Vaccination in Bombay 1869-1873 - 1869-1873
Year: 1869
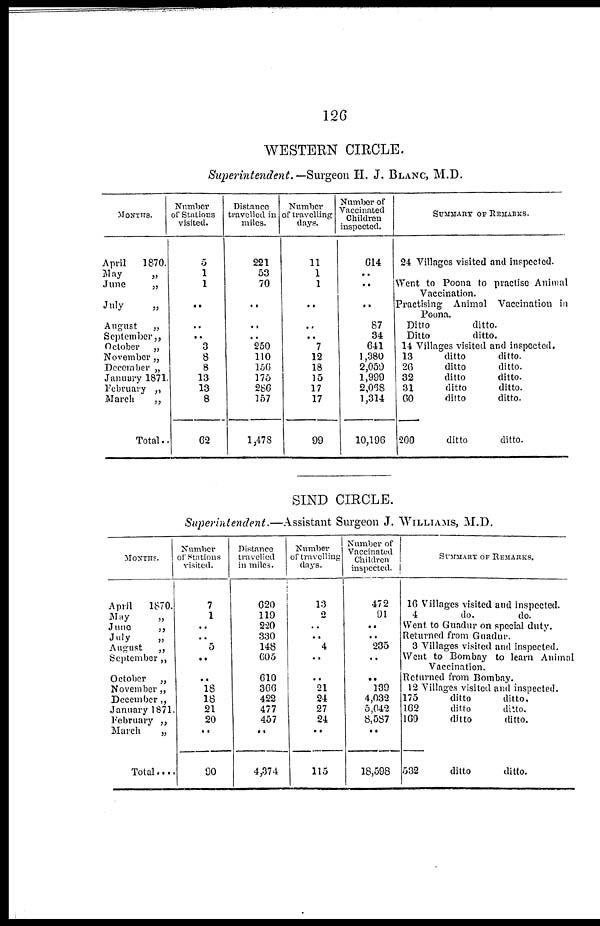
126
WESTERN CIRCLE.
Superintendent. —Surgeon H. J. BLANC, M.D.
MONTHS.
April
1870.
May
„
June
„
July
„
August
„
September„
October
„
November „
December „
January 1871.
February „
March
„
Total..
Number
of Stations
visited.
5
1
1
..
..
..
3
8
8
13
13
8
62
Distance
travelled in
miles.
221
53
70
..
..
..
250
110
156
175
280
157
1,478
Number
of travelling
days.
11
1
1
..
..
..
7
12
18
15
17
17
99
Number of
Vaccinated
Children
inspected.
614
..
..
..
87
34
641
1,380
2,059
1,999
2,068
1,314
10,196
SUMMARY OF REMARKS.
24 Villages visited and inspected.
Went to Poona to practise Animal
Vaccination.
Practising Animal Vaccination in
Poona.
Ditto
ditto.
Ditto
ditto.
14 Villages visited and inspected.
13
ditto
ditto.
26
ditto
ditto.
32
ditto
ditto.
31
ditto
ditto.
60
ditto
ditto.
200
ditto
ditto.
SIND CIRCLE.
Superintendent.—Assistant Surgeon J. WILLIAMS, M.D.
MONTHS.
April
1870.
May
„
June
„
July
„
August
„
September„
October
„
November„
December„
January 1871.
February „
March
„
Total ....
Number
of Stations
visited.
7
1
..
..
5
..
..
18
18
21
20
..
90
Distance
travelled
in miles.
620
119
220
330
148
605
610
366
422
477
457
..
4,374
Number
of travelling
days.
13
2
..
.. 4
..
..
21
24
27
24
..
115
Number of
Vaccinated
Children
inspected.
472
91
..
..
235
..
..
139
4,032
5,042
8,587
..
18,598
SUMMARY OR REMARKS.
16 Villages visited and inspected.
4
do.
do.
Went to Guadur on special duty.
Returned from Guadur.
3 Villages visited and inspected.
Went to Bombay to learn Animal
Vaccination.
Returned from Bombay.
12 Villages visited and inspected.
175
ditto
ditto.
162
ditto
ditto.
160
ditto
ditto.
532
ditto
ditto.